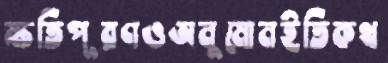
ক্ষতিপূরণওঅনুমোনইতিকথ